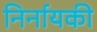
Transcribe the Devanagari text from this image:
निर्नायकी